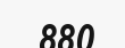
880